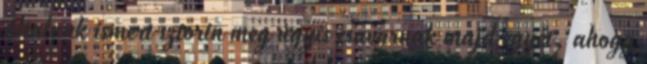
általunk ismert sztorin meg úgyis csavarnak majd egyet, ahogy